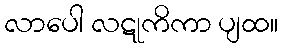
လာပေါ လဋုကိကာ ပျထ။